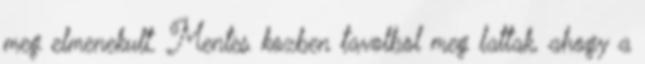
meg elmenekult. Mentes kozben tavolbol meg lattak, ahogy a